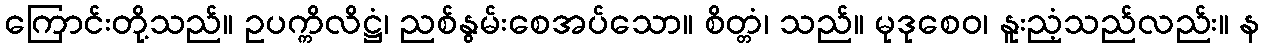
ကြောင်းတို့သည်။ ဥပက္ကိလိဋ္ဌံ၊ ညစ်နွမ်းစေအပ်သော။ စိတ္တံ၊ သည်။ မုဒုစေဝ၊ နူးညံ့သည်လည်း။ န